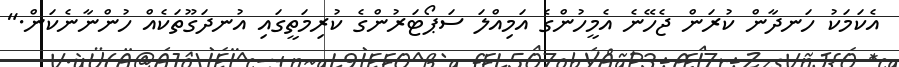
އެކަމަކު ހަނދާން ކުރަން ޖެހޭނެ އެމީހުންގެ އަމިއްލަ ސަޕޯޓަރުންގެ ކުރިމަތީގައި އުނދަގޫތަކެއް ހުންނާނެކަން."